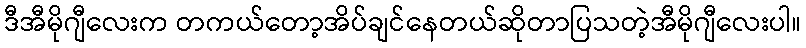
ဒီအီမိုဂျီလေးက တကယ်တော့အိပ်ချင်နေတယ်ဆိုတာပြသတဲ့အီမိုဂျီလေးပါ။